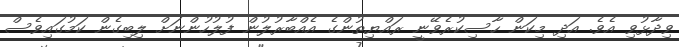
ވިދާޅުވި އެވެ. އަދި މިކަން ހާސިކުރެވޭނީ ރައްޔިތުންގެ އެއްބާރުލުން ފުލުހުންނަށް ލިބިގެން ކަމުގައިވެސް